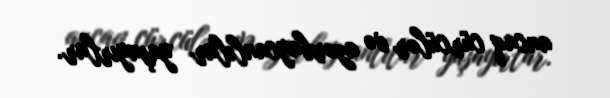
ancaq cürcülər və azərbaycanlılar yaşayırlar.